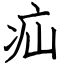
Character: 疝